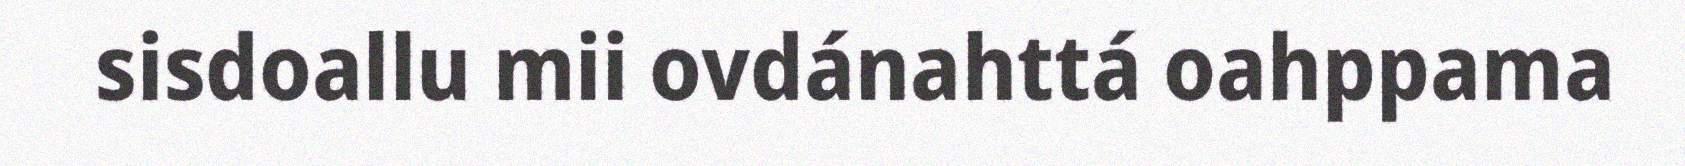
sisdoallu mii ovdánahttá oahppama